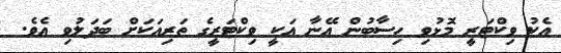
އެކު ވިކްޓަރީ މޮޅުވި ހިސާބުން އޭނާ އަކީ ވިކްޓަރީގެ ތަރިއަކަށް ބަދަލުވި އެވެ.